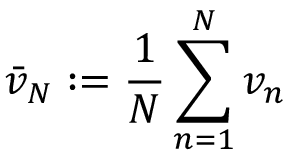
{ \bar { v } } _ { N } : = { \frac { 1 } { N } } \sum _ { n = 1 } ^ { N } v _ { n }